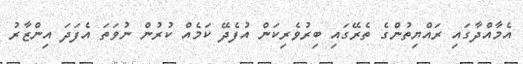
އެމާއްދާގައި ރައްޔިތުންގެ ތެރޭގައި ބިރުވެރިކަން އުފެދޭ ކަމެއް ކުރުން ނުވަތަ އެފަދަ އިންޒާރު